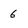
Character: 6